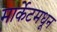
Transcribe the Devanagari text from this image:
मार्केटमधून